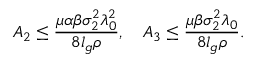
A _ { 2 } \leq \frac { \mu \alpha \beta \sigma _ { 2 } ^ { 2 } \lambda _ { 0 } ^ { 2 } } { 8 l _ { g } \rho } , \quad A _ { 3 } \leq \frac { \mu \beta \sigma _ { 2 } ^ { 2 } \lambda _ { 0 } } { 8 l _ { g } \rho } .